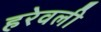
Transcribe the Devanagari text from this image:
हरेवली